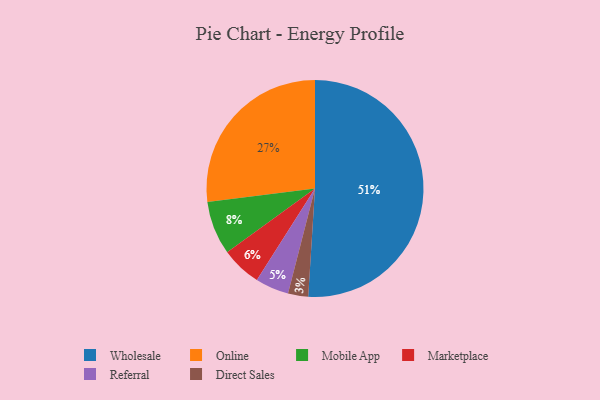
{"axis": {"x": "Category", "y": "Percentage"}, "legend": ["Direct Sales", "Marketplace", "Mobile App", "Online", "Referral", "Wholesale"], "data": [{"x": "Online", "y": 27, "type": "Online"}, {"x": "Wholesale", "y": 51, "type": "Wholesale"}, {"x": "Marketplace", "y": 6, "type": "Marketplace"}, {"x": "Mobile App", "y": 8, "type": "Mobile App"}, {"x": "Referral", "y": 5, "type": "Referral"}, {"x": "Direct Sales", "y": 3, "type": "Direct Sales"}]}